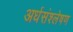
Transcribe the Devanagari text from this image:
अर्धसंश्लेषण